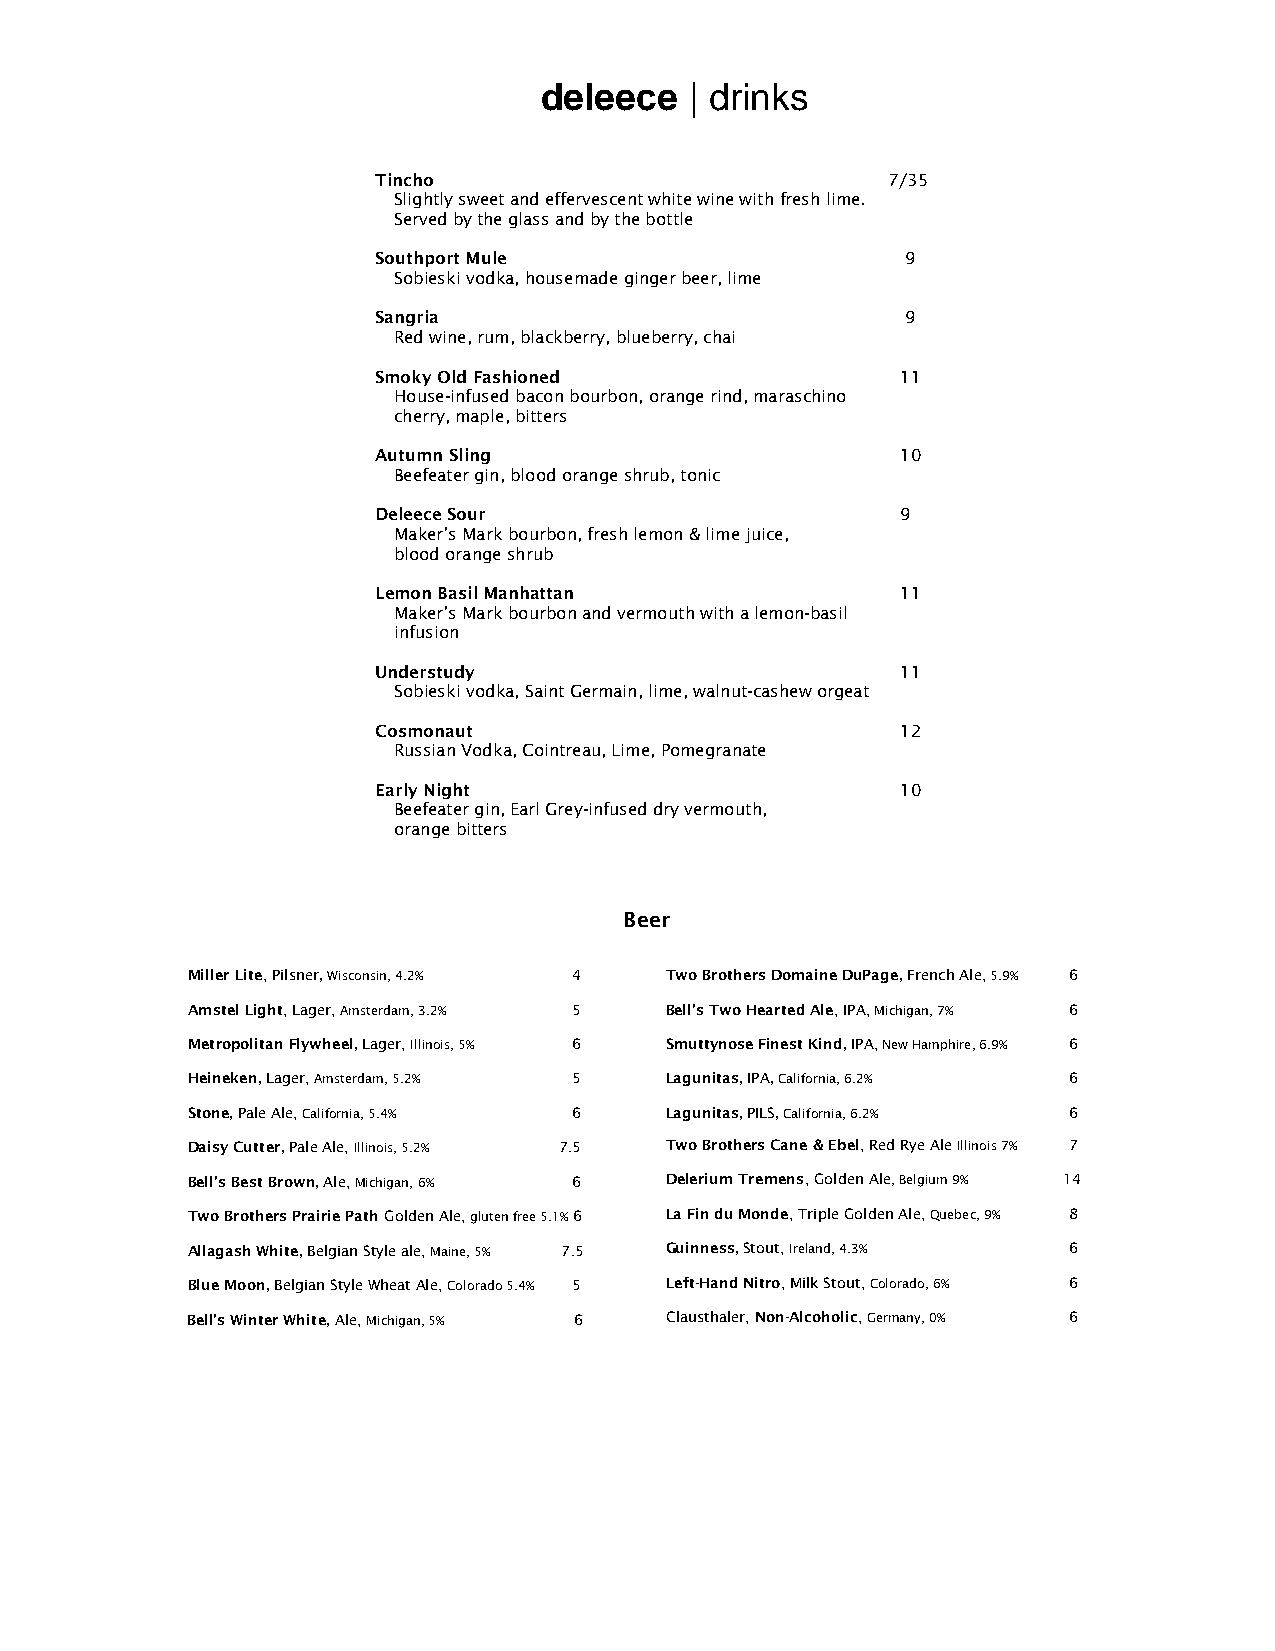
deleece   | drinks
 Tincho                            7/35
 Slightly sweet and effervescent white wine with fresh lime.
 Served by the glass and by the bottle
 Southport Mule                     9
 Sobieski vodka, housemade ginger beer, lime
 Sangria                            9
 Red wine, rum, blackberry, blueberry, chai
 Smoky Old Fashioned                11
 House-infused bacon bourbon, orange rind, maraschino
 cherry, maple, bitters
 Autumn Sling                       10
 Beefeater gin, blood orange shrub, tonic
 Deleece Sour                       9
 Maker’s Mark bourbon, fresh lemon & lime juice,
 blood orange shrub
 Lemon Basil Manhattan              11
 Maker’s Mark bourbon and vermouth with a lemon-basil
 infusion
 Understudy                         11
 Sobieski vodka, Saint Germain, lime, walnut-cashew orgeat
 Cosmonaut                          12
 Russian Vodka, Cointreau, Lime, Pomegranate
 Early Night                        10
 Beefeater gin, Earl Grey-infused dry vermouth,
 orange bitters
 Beer
 Miller Lite, Pilsner, Wisconsin, 4.2% 4 Two Brothers Domaine DuPage, French Ale, 5.9% 6
 Amstel Light, Lager, Amsterdam, 3.2% 5 Bell’s Two Hearted Ale, IPA, Michigan, 7% 6
 Metropolitan Flywheel, Lager, Illinois, 5% 6 Smuttynose Finest Kind, IPA, New Hamphire, 6.9% 6
 Heineken, Lager, Amsterdam, 5.2% 5 Lagunitas, IPA, California, 6.2% 6
 Stone, Pale Ale, California, 5.4% 6 Lagunitas, PILS, California, 6.2% 6
 Daisy Cutter, Pale Ale, Illinois, 5.2% 7.5 Two Brothers Cane & Ebel, Red Rye Ale Illinois 7% 7
 Bell’s Best Brown, Ale, Michigan, 6% 6 Delerium Tremens, Golden Ale, Belgium 9% 14
 Two Brothers Prairie Path Golden Ale, gluten free 5.1% 6 La Fin du Monde, Triple Golden Ale, Quebec, 9% 8
 Allagash White, Belgian Style ale, Maine, 5% 7.5 Guinness, Stout, Ireland, 4.3% 6
 Blue Moon, Belgian Style Wheat Ale, Colorado 5.4% 5 Left-Hand Nitro, Milk Stout, Colorado, 6% 6
 Bell’s Winter White, Ale, Michigan, 5% 6 Clausthaler, Non-Alcoholic, Germany, 0% 6